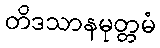
တိဒသာနမုတ္တမံ